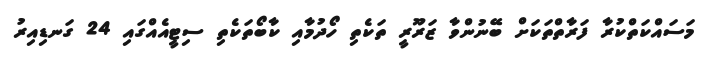
މަސައްކަތްކުރާ ފަރާތްތަކަށް ބޭނުންވާ ޒަރޫރީ ތަކެތި ހޯދުމާއި ކާބޯތަކެތި ސިޓީއެއްގައި 24 ގަނޑިއިރު